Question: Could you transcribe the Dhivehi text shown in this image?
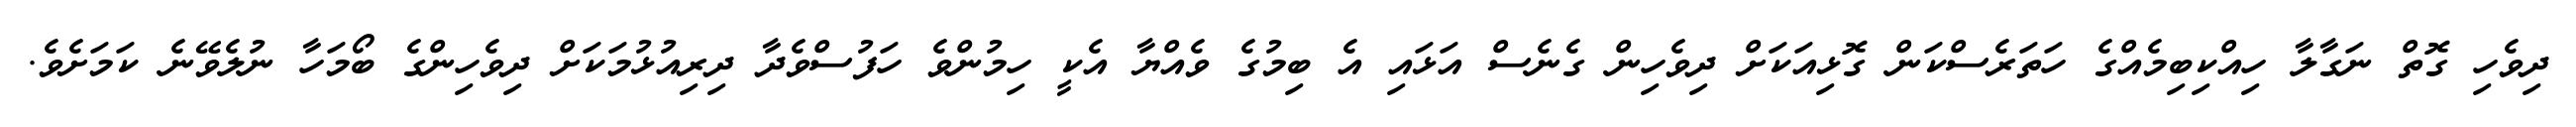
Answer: ދިވެހި ގޮތް ނަގާލާ ހިއްކިބިމެއްގެ ހަތަރެސްކަން ގޮޅިއަކަށް ދިވެހިން ގެނެސް އަޅައި އެ ބިމުގެ ވެއްޔާ އެކީ ހިމުންވެ ހަފުސްވެދާ ދިރިއުޅުމަކަށް ދިވެހިންގެ ބޯމަހާ ނުލެވޭނެ ކަމަށެވެ.